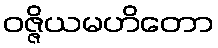
ဝဇ္ဇိယမဟိတော